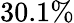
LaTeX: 30.1\%